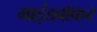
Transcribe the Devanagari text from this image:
माइंडवॉकर